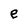
Character: e